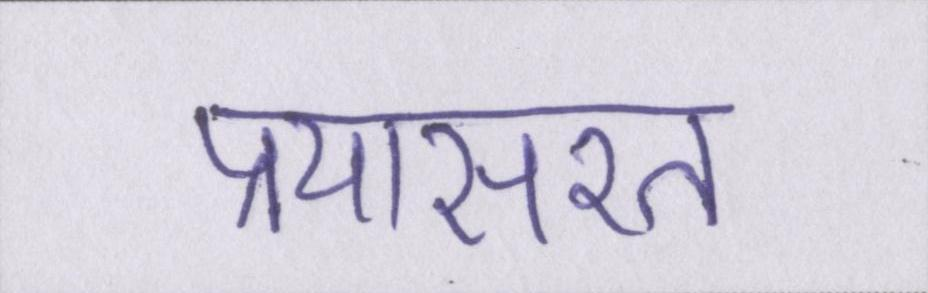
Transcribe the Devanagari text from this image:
प्रयासरत